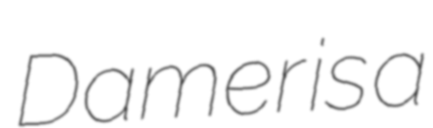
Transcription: Damer is a